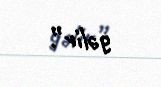
gəlir”.